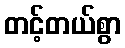
တင့်တယ်စွာ